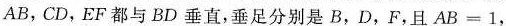
AB，CD，EF都与BD垂直，垂足分别是B，D，F，且AB=1，